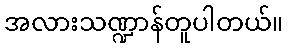
အလားသဏ္ဍာန်တူပါတယ်။